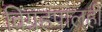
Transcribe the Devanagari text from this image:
विग्रहपालही